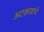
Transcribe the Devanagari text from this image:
अटकावाचे